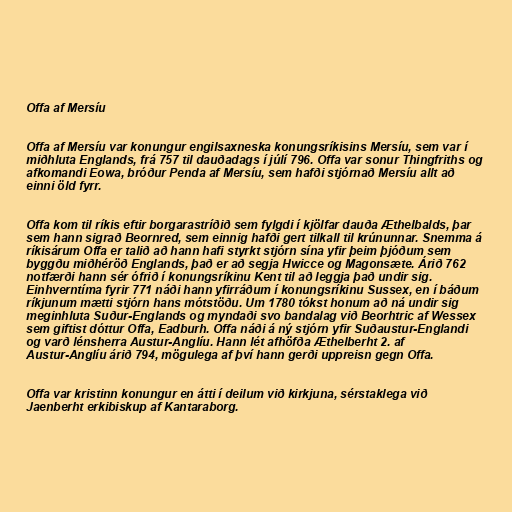
Offa af Mersíu

Offa af Mersíu var konungur engilsaxneska konungsríkisins Mersíu, sem var í
miðhluta Englands, frá 757 til dauðadags í júlí 796. Offa var sonur Thingfriths og
afkomandi Eowa, bróður Penda af Mersíu, sem hafði stjórnað Mersíu allt að
einni öld fyrr.

Offa kom til ríkis eftir borgarastríðið sem fylgdi í kjölfar dauða Æthelbalds, þar
sem hann sigrað Beornred, sem einnig hafði gert tilkall til krúnunnar. Snemma á
ríkisárum Offa er talið að hann hafi styrkt stjórn sína yfir þeim þjóðum sem
byggðu miðhéröð Englands, það er að segja Hwicce og Magonsæte. Árið 762
notfærði hann sér ófrið í konungsríkinu Kent til að leggja það undir sig.
Einhverntíma fyrir 771 náði hann yfirráðum í konungsríkinu Sussex, en í báðum
ríkjunum mætti stjórn hans mótstöðu. Um 1780 tókst honum að ná undir sig
meginhluta Suður-Englands og myndaði svo bandalag við Beorhtric af Wessex
sem giftist dóttur Offa, Eadburh. Offa náði á ný stjórn yfir Suðaustur-Englandi
og varð lénsherra Austur-Anglíu. Hann lét afhöfða Æthelberht 2. af
Austur-Anglíu árið 794, mögulega af því hann gerði uppreisn gegn Offa.

Offa var kristinn konungur en átti í deilum við kirkjuna, sérstaklega við
Jaenberht erkibiskup af Kantaraborg.